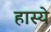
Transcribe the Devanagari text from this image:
हास्ये